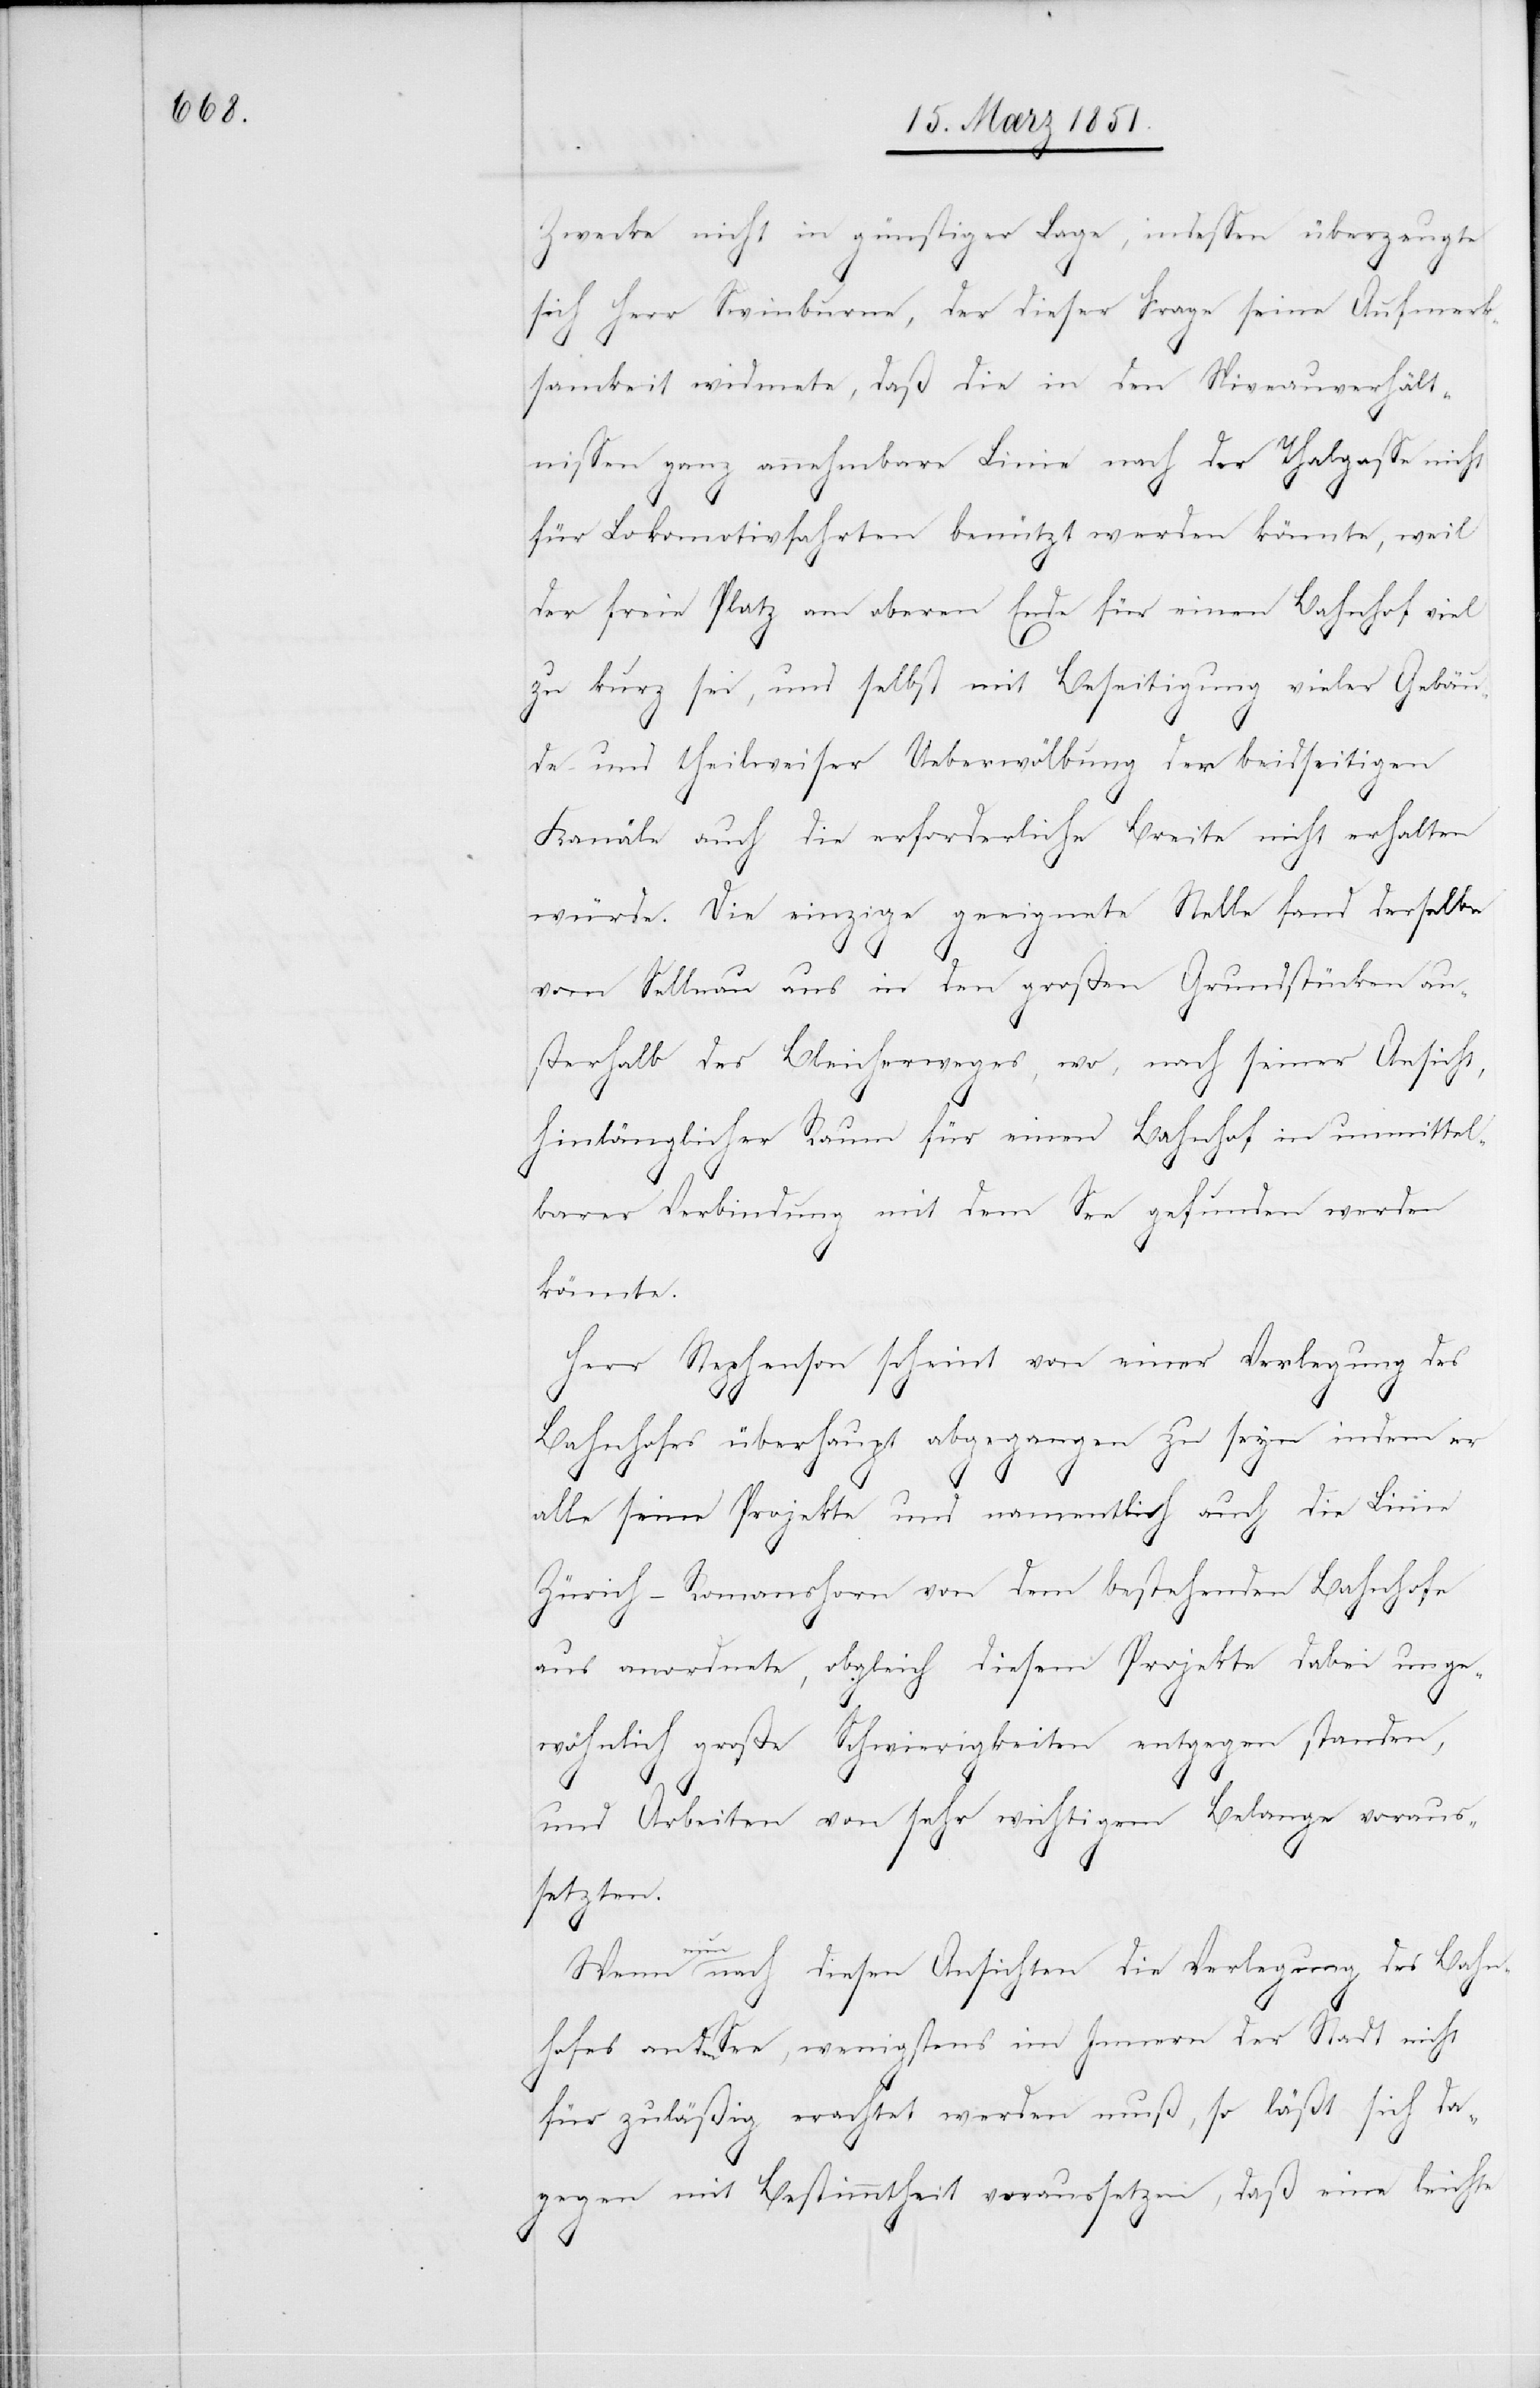
Zwecke nicht in günstiger Lage, indessen überzeugte
sich Herr Swinburne, der dieser Frage seine Aufmerk¬
samkeit widmete, daß die in den Niveauverhält¬
nissen ganz annehmbare Linie nach der Thalgasse nicht
für Lokomotivfahrten benützt werden könnte, weil
der freie Platz am oberen Ende für einen Bahnhof viel
zu kurz sei, und selbst mit Beseitigung vieler Gebäu¬
de und theilweiser Ueberwölbung der beidseitigen
Kanäle auch die erforderliche Breite nicht erhalten
würde. Die einzige geeignete Stelle fand derselbe
vom Sellnau aus in den großen Grundstücken au¬
ßerhalb des Bleicherweges, wo, nach seiner Ansicht,
hinlänglicher Raum für einen Bahnhof in unmittel¬
barer Verbindung mit dem See gefunden werden
könnte.
Herr Stephenson scheint von einer Verlegung des
Bahnhofes überhaupt abgegangen zu seyn indem er
alle seine Projekte und namentlich auch die Linie
Zürich–Romanshorn von dem bestehenden Bahnhofe
aus anordnete, obgleich diesem Projekte dabei unge¬
wöhnlich große Schwierigkeiten entgegen standen,
und Arbeiten von sehr wichtigem Belange voraus¬
setzten.
Wenn
nun nach diesen Ansichten die Verlegung des Bahn¬
hofes an den See, wenigstens im Innern der Stadt nicht
für zuläßig erachtet werden muß, so läßt sich da¬
gegen mit Bestimmtheit voraussetzen, daß eine leichte